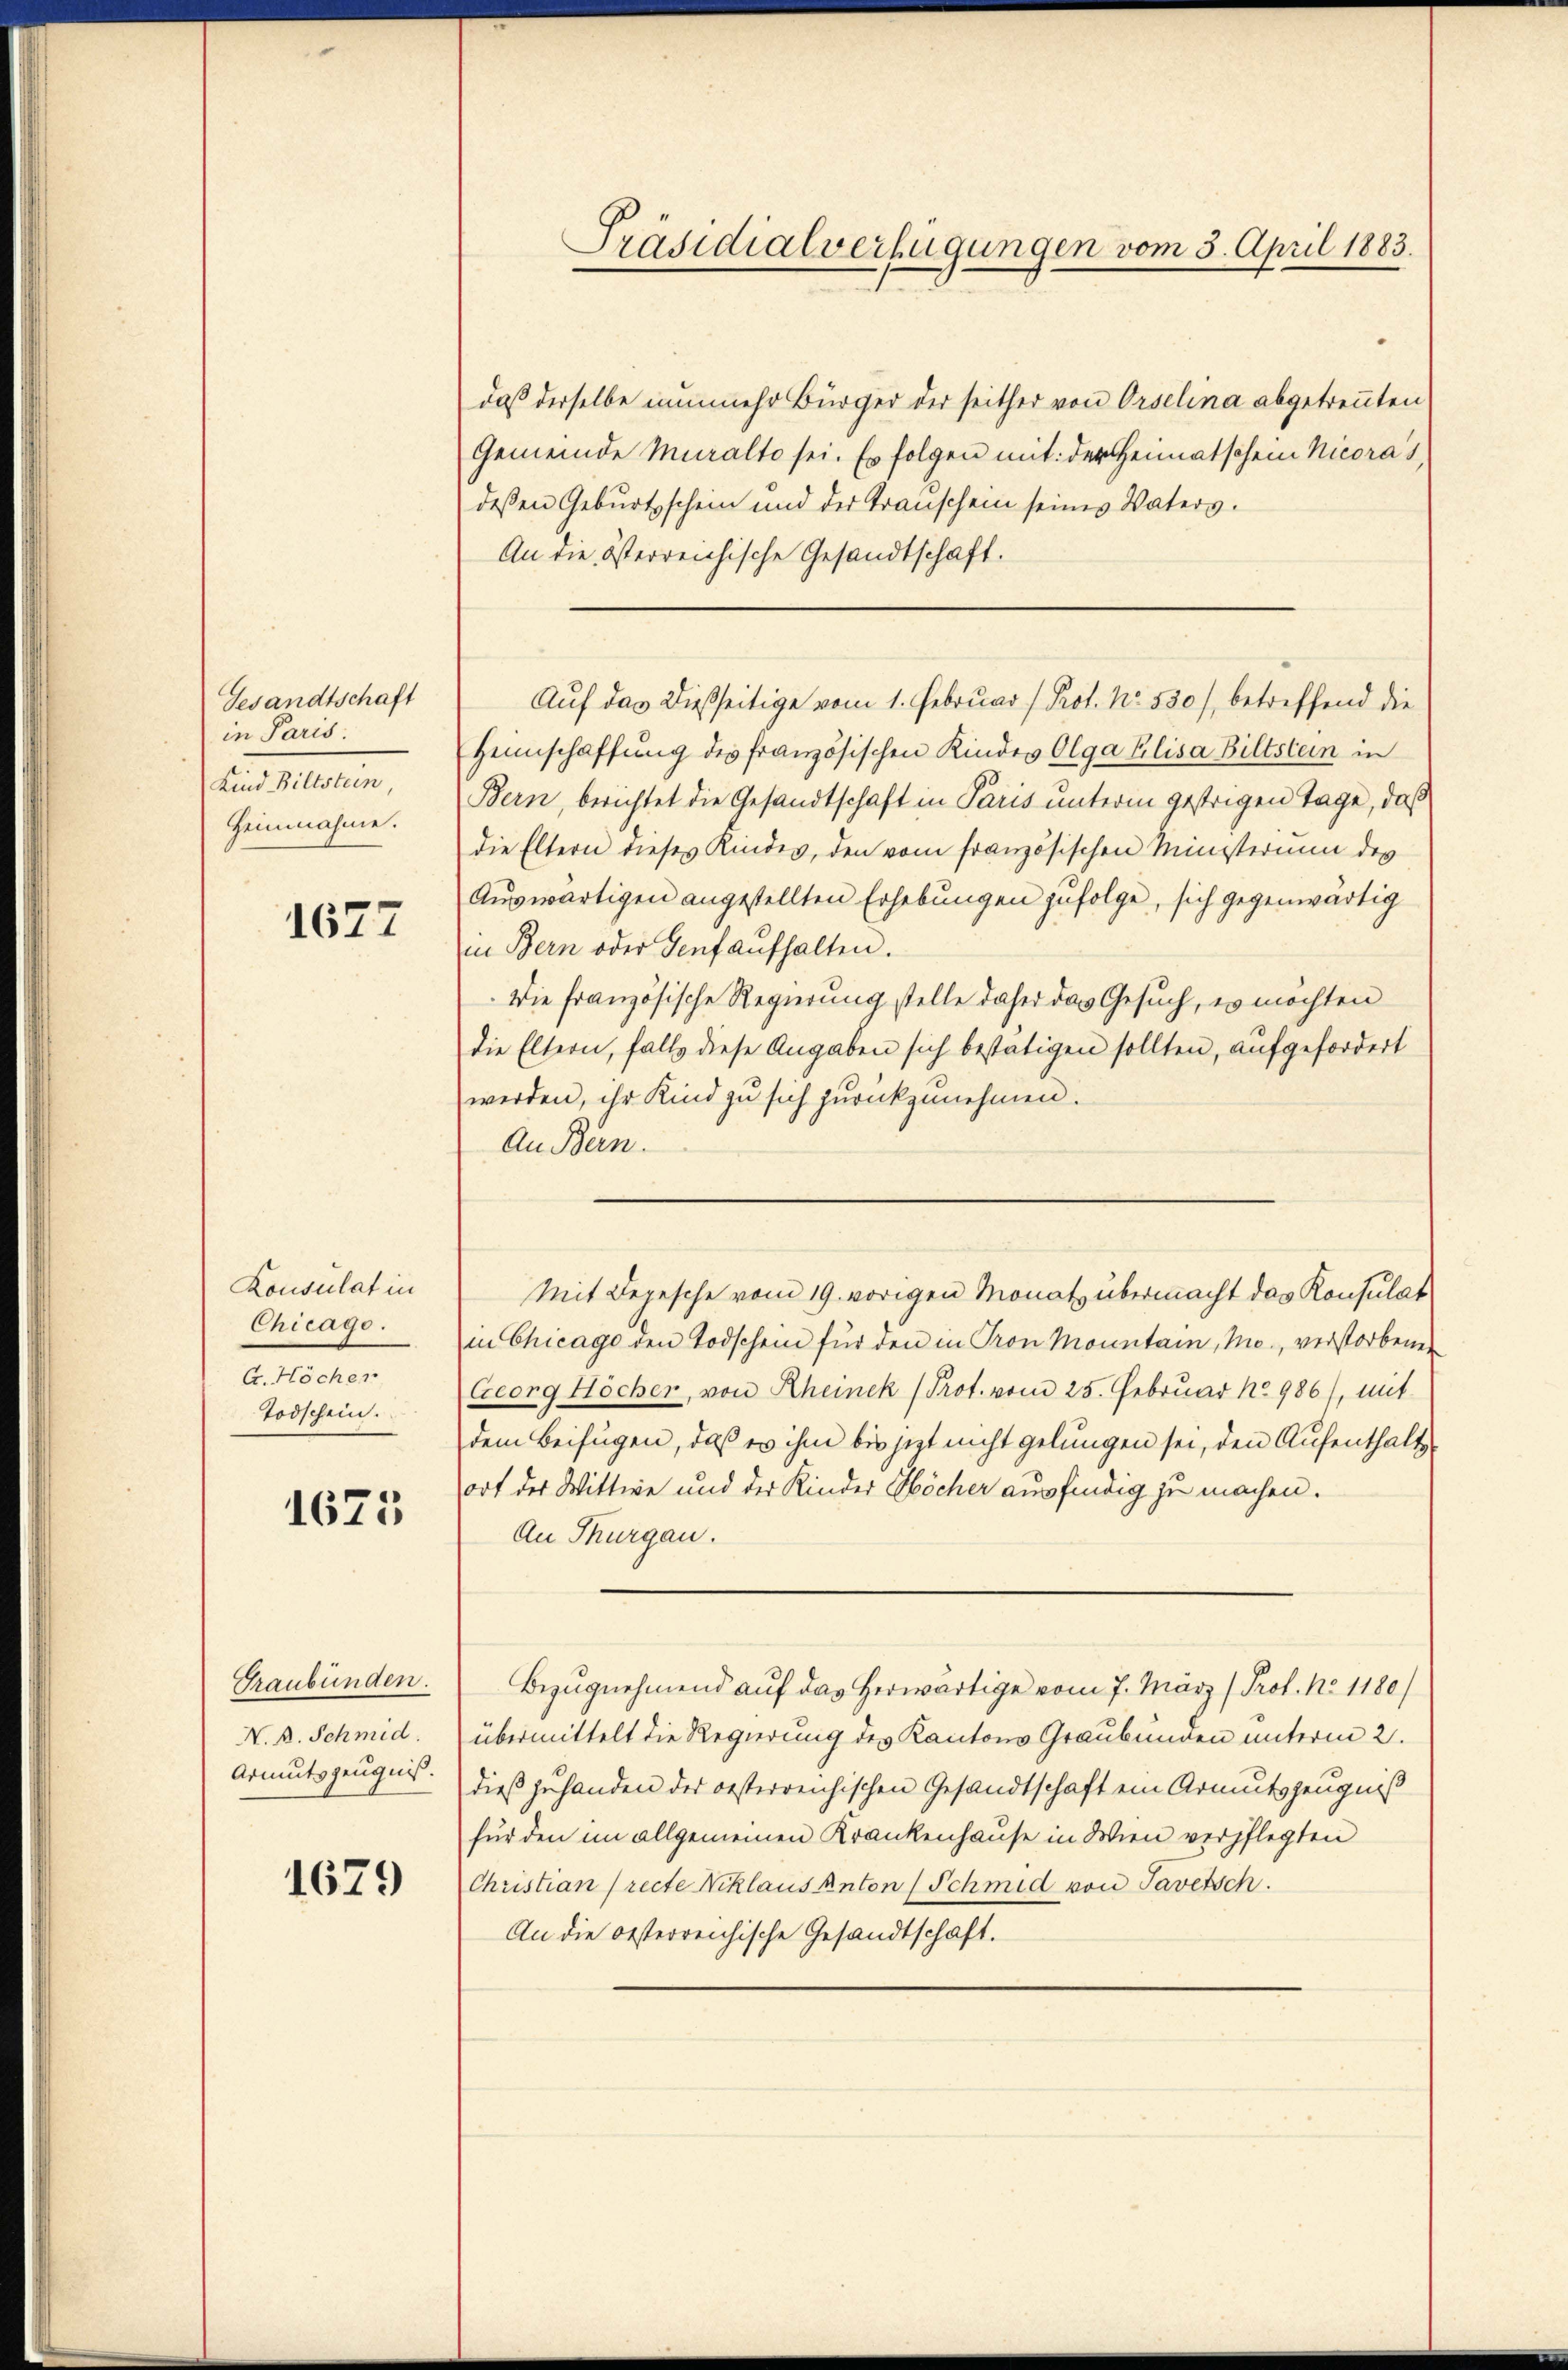
Gesandtschaft
in Paris.
Kind Bittstein,
Heimnahme.

1627

Konsulat in
Chicago.
G. Höcher
Todschein.

1675

Graubünden.
N. A. Schmid.

1679

Präsidialverfügungen vom 3. April 1883.

daß derselbe nunmehr Bürger der seither von Orselina abgetrennten
Gemeinde Muralto sei. Es folgen mit der Heimatschein Nicoras,
deßen Geburtschein und der Trauschein seines Vaters.
An die österreichische Gesandtschaft.
Heimschaffŭng des französischen Kindes Olga Elisa Biltstein in
Bern, berichtet die Gesandtschaft in Paris unterm gestrigen Tage, daß
die Eltern dieses Kindes, den vom französischen Ministerium des
Aŭswärtigen angestellten Erhebungen zufolge, sich gegenwärtig
in Bern oder Genf aŭfhalten.
Die französische Regierung stelle daher das Gesuch, es möchten
die Eltern, falls diese Angaben sich bestätigen sollten, aufgefordert
werden, ihr Kind zu sich zurückzunehmen.
An Bern.
Mit Depesche vom 19. vorigen Monat übermacht das Konsulat
in Chicago den Todschein für den in Pron Monntain, Mo., verstorbenen
Georg Höcher, von Rheinek (Prot. vom 25. Februar No 986), mit
dem Beifügen, daß es ihm bis jetzt nicht gelungen sei, den Aufenthalt
ort der Wittwe und der Kinder Höcher ausfindig zu machen.
An Thurgau.
Bezugnehmend auf das herwärtige vom 7. März (Prof. No 1180/
übermittelt die Regierung des Kantons Graubünden unterm 2.
Armutszeugnis. Dieß zuhanden der oesterreichischen Gesandtschaft ein Armutszeugniß
für den im allgemeinen Krankenhause in Wien verpflegten
Christian (recte Niklaus Anton (Schmid von Taversch
An die oesterreichische Gesandtschaft.

Auf das dießseitige vom 1. Februar (Prof. No. 530), betreffend die